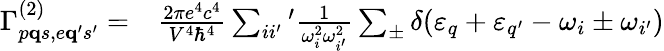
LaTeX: \begin{array}{rl}{\Gamma_{p{\mathbf q}s,e{\mathbf q}^{\prime}s^{\prime}}^{(2)}=}&{{}\frac{2\pi e^{4}c^{4}}{V^{4}\hbar^{4}}\sum_{ii^{\prime}}{}^{\prime}\frac{1}{\omega_{i}^{2}\omega_{i^{\prime}}^{2}}\sum_{\pm}\delta(\varepsilon_{q}+\varepsilon_{q^{\prime}}-\omega_{i}\pm\omega_{i^{\prime}})}\end{array}